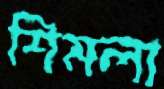
শিমলা